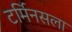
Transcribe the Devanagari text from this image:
टर्मिनसला